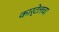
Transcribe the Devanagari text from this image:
कार्टेलचा